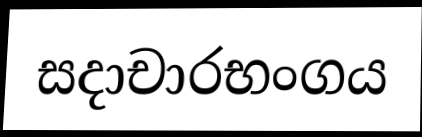
සදාචාරභංගය